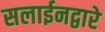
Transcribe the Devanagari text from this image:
सलाईनद्वारे